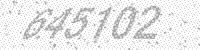
Solution: 645702